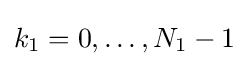
k_{1}=0,\dots ,N_{1}-1